Lunatic asylums Burma 1907-21 - 1907-1921
Year: 1907
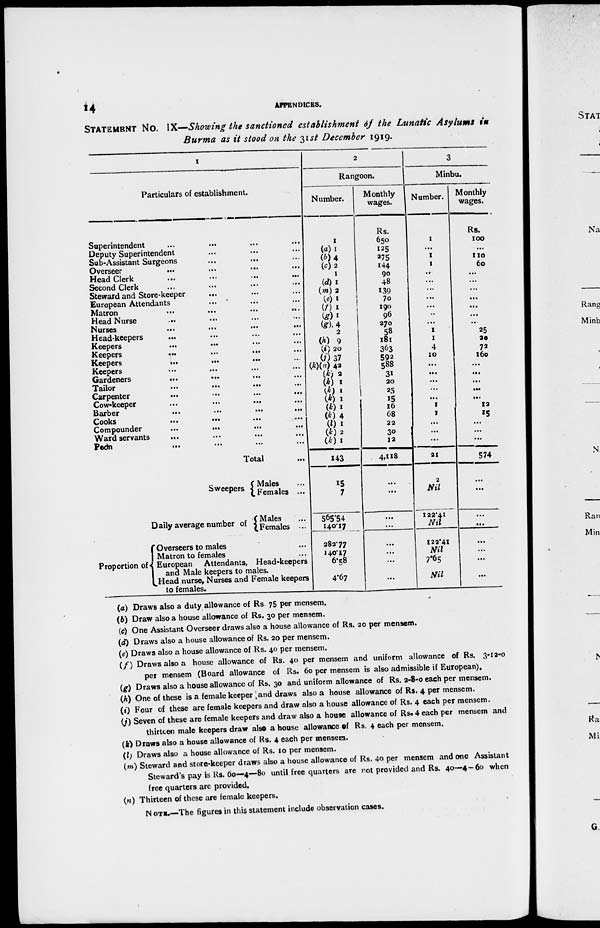
14
APPENDICES.
STATEMENT No. IX—Showing the sanctioned establishment of the Lunatic Asylums in
Burma as it stood on the 31st December 1919.
1
Particulars of establishment.
Superintendent ... ... ... ...
Deputy Superintendent ... ... ... ...
Sub-Assistant Surgeons ... ... ... ...
Overseer
...
...
...
...
...
Head Clerk
...
...
...
...
...
Second Clerk ... ... ... ...
Steward and Store-keeper
... ... ... ... ...
European Attendants ... ... ... ...
Matron
...
...
...
...
Head Nurse ... ... ... ...
Nurses
...
...
...
...
...
Head-keepers ... ... ... ...
Keepers
...
...
...
...
Keepers
...
...
...
...
Keepers
...
...
...
...
Keepers
...
...
...
...
Gardeners
...
...
...
...
Tailor
...
...
...
...
Carpenter
...
...
...
...
Cow-keeper
...
...
...
...
Barber
...
...
...
...
Cooks
...
...
...
...
Compounder
...
...
...
...
Ward servants ... ... ... ...
Peon
...
...
...
...
Total
...
Sweepers
Daily average number of
Proportion of
Males ...
Females ...
Males ...
Females ...
Overseers to males ...
Matron to females ...
European Attendants, Head-keepers
and Male keepers to males.
Head nurse, Nurses and Female keepers
to females.
2
Rangoon.
Number.
1
(a) 1
(b)4
(c)2
1
(d)1
(m)2
(e)1
(f) 1
(g)1
(g)4
2
(h) 9
(i) 20
(j) 37
(k)(n) 42
(k)2
(k) 1
(k)1 (k) 1
(k)1
(k)4
(l)l
(k)2
(k)1
143
15
7
565.54
140.17
282.77
140.17
6.58
4.67
Monthly
wages.
Rs.
650
125
275
144
90
48
139
70
190
96
270
58
181
363
592
588
31
20
25
15
16
68
22
30
12
4,118
...
...
...
...
...
...
...
...
3
Minbu.
Number.
1
...
1
1
..
...
...
...
...
...
...
1
1
4
10
...
...
...
...
...
1
1
...
...
...
21
2
Nil
122.41
Nil
122.41
Nil
7.65
Nil
Monthly
wages.
Rs.
100
...
110
60
...
...
...
...
...
...
...
25
20
72
160
...
...
...
...
...
12
15
...
...
...
574
...
...
...
...
...
...
...
...
(a) Draws also a duty allowance of Rs. 75 per mensem.
(b) Draw also a house allowance of Rs. 30 per mensem.
(c) One Assistant Overseer draws also a house allowance of Rs. 20 per mensem.
(d) Draws also a house allowance of Rs. 20 per mensem.
(e) Draws also a house allowance of Rs. 40 per mensem.
(f) Draws also a house allowance of Rs. 40 per mensem and uniform allowance of Rs. 3-12-0
per mensem (Board allowance of Rs. 60 per mensem is also admissible if European).
(g) Draws also a house allowance of Rs. 30 and uniform allowance of Rs. 2-8-0 each per mensem.
(h) One of these is a female keeper and draws also a house allowance of Rs. 4 per mensem.
(i) Four of these are female keepers and draw also a house allowance of Rs. 4 each per mensem.
(j) Seven of these are female keepers and draw also a house allowance of Rs. 4 each per mensem and
thirteen male keepers draw also a house allowance of Rs. 4 each per mensem.
(k) Draws also a house allowance of Rs. 4 each per mensem.
(l) Draws also a house allowance of Rs. 10 per mensem.
(m) Steward and store-keeper draws also a house allowance of Rs. 40 per mensem and one Assistant
Steward's pay is Rs. 60—4—80 until free quarters are not provided and Rs. 40—4—60 when
free quarters are provided.
(n) Thirteen of these are female keepers.
NOTE.—The figures in this statement include observation cases.